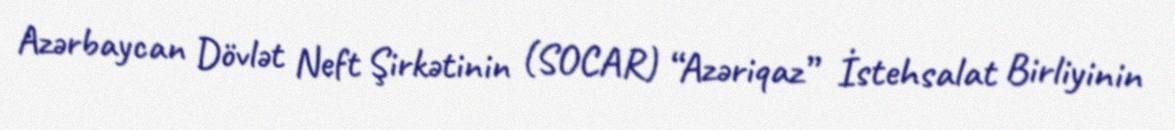
Azərbaycan Dövlət Neft Şirkətinin (SOCAR) “Azəriqaz” İstehsalat Birliyinin